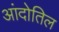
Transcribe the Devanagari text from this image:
आंदोतिल